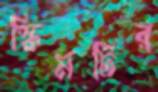
স্কিমটির